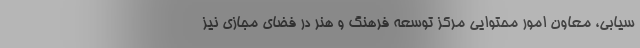
سیابی، معاون امور محتوایی مرکز توسعه فرهنگ و هنر در فضای مجازی نیز